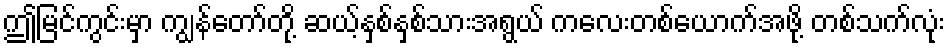
ဤမြင်ကွင်းမှာ ကျွန်တော်တို့ ဆယ့်နှစ်နှစ်သားအရွယ် ကလေးတစ်ယောက်အဖို့ တစ်သက်လုံး